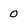
Character: 0